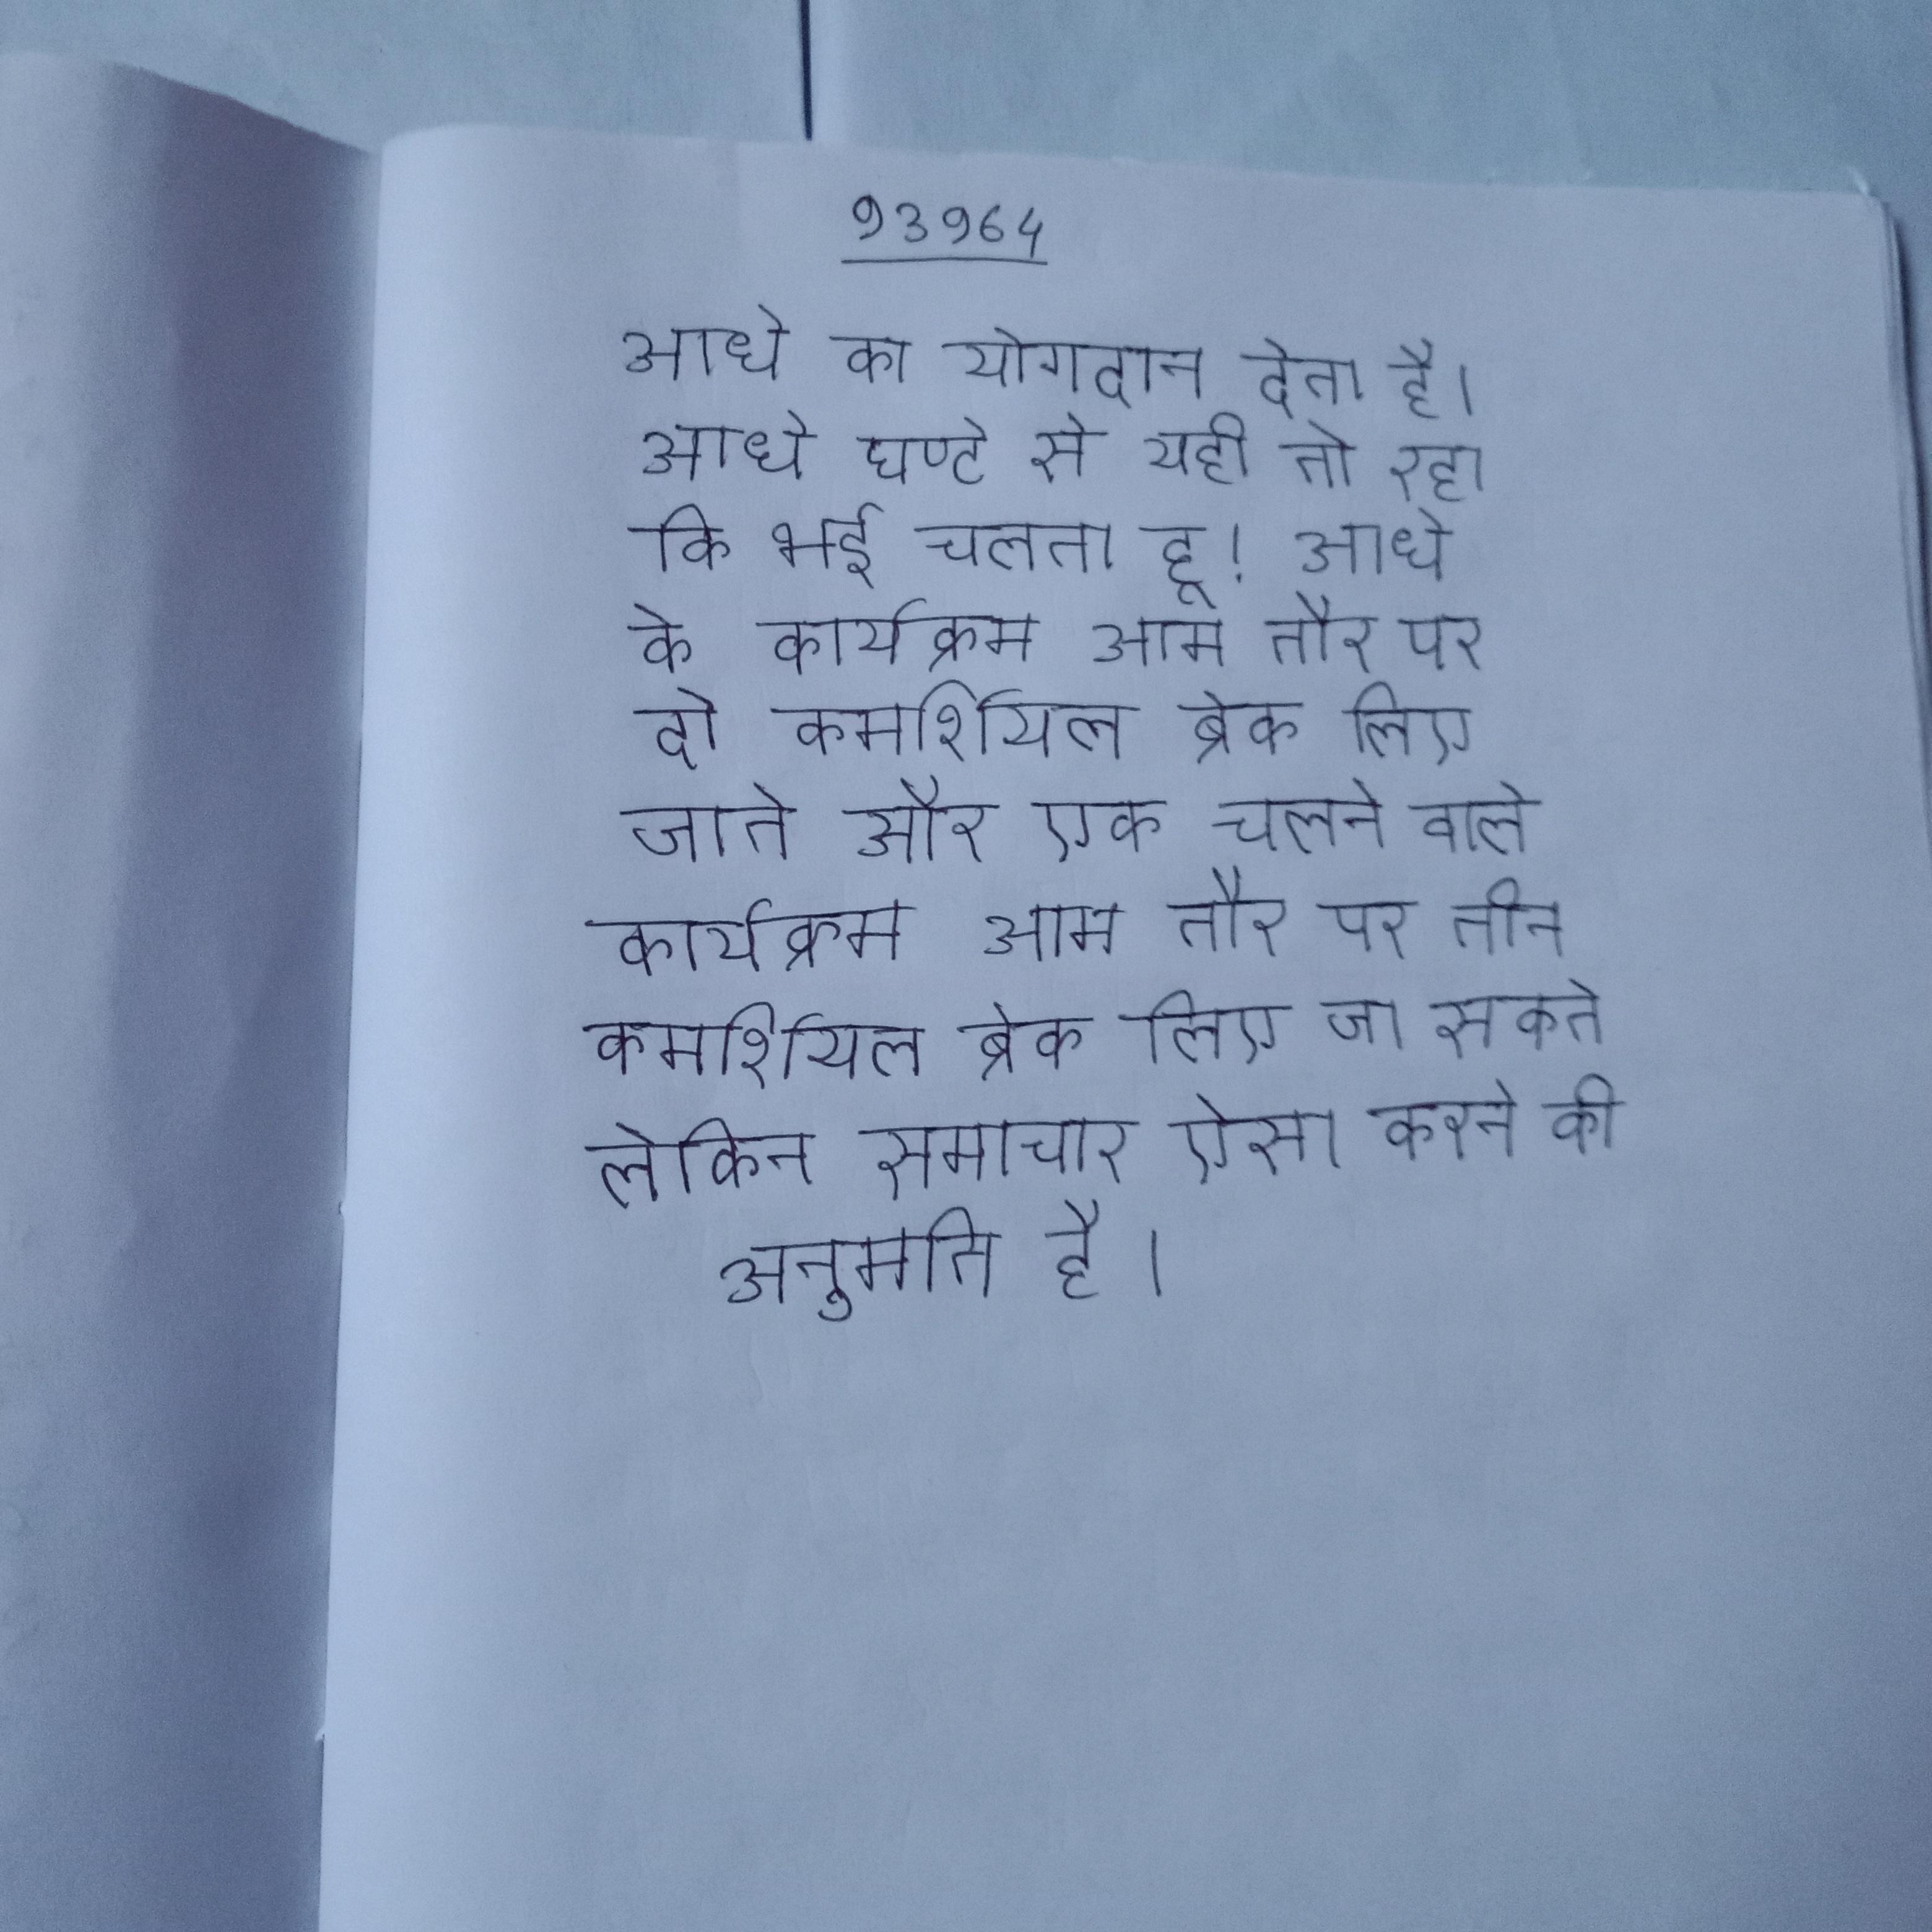
आधे का योगदान देता है । आधे घण्टे से यही तो रहा कि भई चलता हू! आधे के कार्यक्रम आम तौर पर दो कमर्शियल ब्रेक लिए जाते और एक चलने वाले कार्यक्रम आम तौर पर तीन कमर्शियल ब्रेक लिए जा सकते लेकिन समाचार ऐसा करने की अनुमति है ।